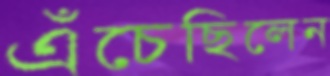
এঁচেছিলেন